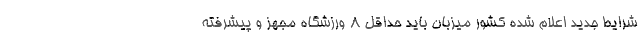
شرایط جدید اعلام شده کشور میزبان باید حداقل ٨ ورزشگاه مجهز و پیشرفته